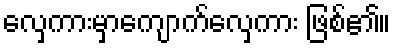
လှေကားမှာကျောက်လှေကား ဖြစ်၏။